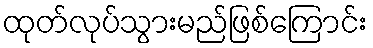
ထုတ်လုပ်သွားမည်ဖြစ်ကြောင်း